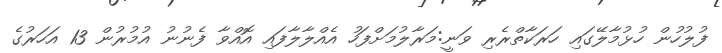
ފުލުހުން ހުޅުމާލޭގައި ހަރަކާތްރެރި ވަނީ:މަރާލުމަށްފަހު އެއްލާލާފައި އޮއްވާ ފެނުނު އުމުރުން 13 އަހަރުގެ